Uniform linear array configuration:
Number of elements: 12
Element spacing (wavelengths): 0.5
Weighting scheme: cosine
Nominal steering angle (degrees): -15
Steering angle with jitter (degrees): -16.478
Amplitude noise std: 0.05
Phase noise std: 0.05

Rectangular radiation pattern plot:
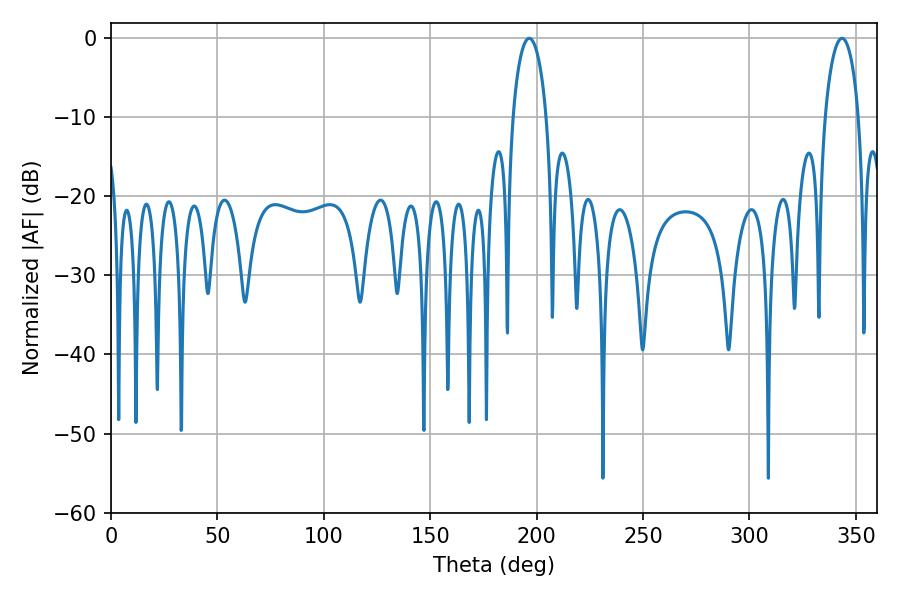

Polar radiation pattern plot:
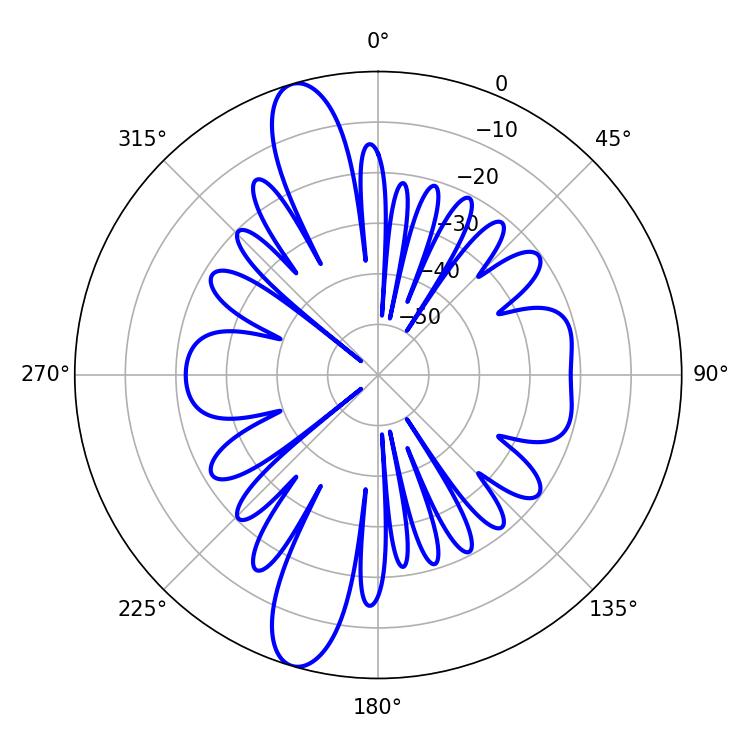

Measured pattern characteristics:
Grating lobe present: FALSE
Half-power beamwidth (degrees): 9
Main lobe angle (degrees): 196.56